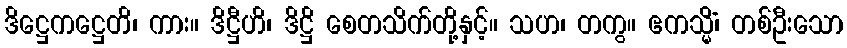
ဒိဋ္ဌေကဋ္ဌေတိ၊ ကား။ ဒိဋ္ဌီဟိ၊ ဒိဋ္ဌိ စေတသိက်တို့နှင့်။ သဟ၊ တကွ။ ဧကသ္မိံ၊ တစ်ဦးသော